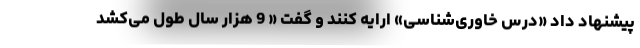
پیشنهاد داد «درس خاوری‌شناسی» ارایه کنند و گفت « 9 هزار سال طول می‌کشد